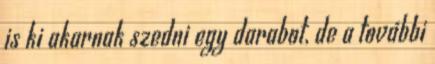
is ki akarnak szedni egy darabot, de a további